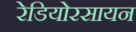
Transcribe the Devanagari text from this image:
रेडियोरसायन